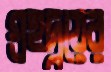
গ্রহদ্বয়ের